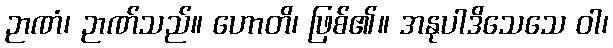
ဉာဏံ၊ ဉာဏ်သည်။ ဟောတိ၊ ဖြစ်၏။ အနုပါဒိသေသေ ဝါ၊